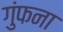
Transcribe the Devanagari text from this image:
गुंफना